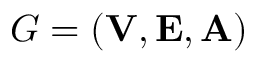
G = ( { \bf V } , { \bf E } , { \bf A } )